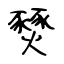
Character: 燹